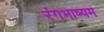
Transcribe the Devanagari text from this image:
रंगभाष्यम